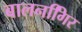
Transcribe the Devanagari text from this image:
बालनगििर